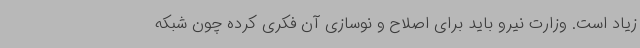
زیاد است. وزارت نیرو باید برای اصلاح و نوسازی آن فکری کرده چون شبکه